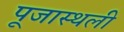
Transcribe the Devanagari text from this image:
पूजास्थली